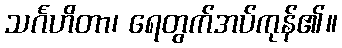
သင်္ဂဟိတာ၊ ရေတွက်အပ်ကုန်၏။